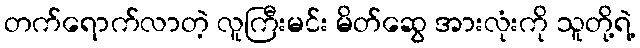
တက်ရောက်လာတဲ့ လူကြီးမင်း မိတ်ဆွေ အားလုံးကို သူတို့ရဲ့